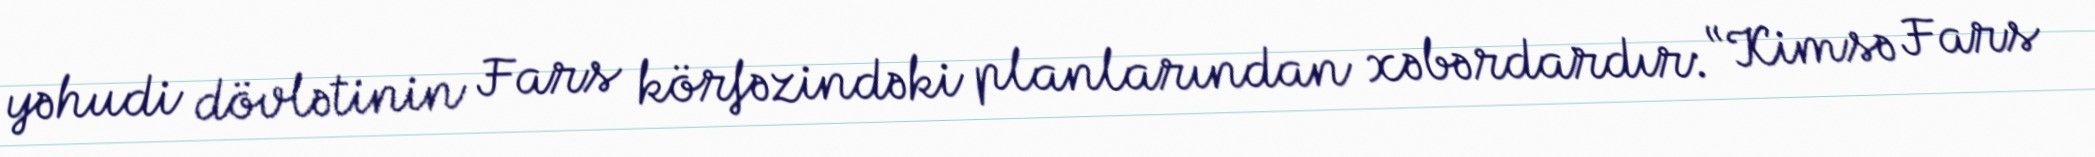
yəhudi dövlətinin Fars körfəzindəki planlarından xəbərdardır: “Kimsə Fars